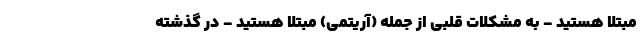
مبتلا هستید - به مشکلات قلبی از جمله (آریتمی) مبتلا هستید - در گذشته